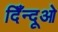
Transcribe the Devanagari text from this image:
दिँन्दूओ